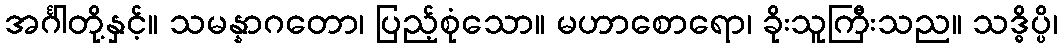
အင်္ဂါတို့နှင့်။ သမန္နာဂတော၊ ပြည့်စုံသော။ မဟာစောရော၊ ခိုးသူကြီးသည။ သဒ္ဓိပ္ပိ၊